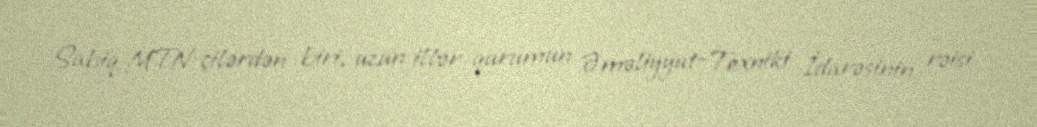
Sabiq MTN-çilərdən biri, uzun illər qurumun Əməliyyat-Texniki İdarəsinin rəisi